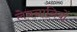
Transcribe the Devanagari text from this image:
लेबनानियों